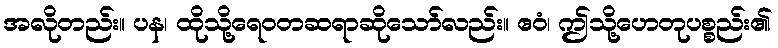
အလိုတည်း။ ပန၊ ထိုသို့ရေဝတဆရာဆိုသော်လည်း။ ဧဝံ၊ ဤသို့ဟေတုပစ္စည်း၏